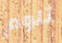
تلوم